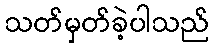
သတ်မှတ်ခဲ့ပါသည်